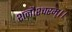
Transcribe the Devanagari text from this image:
शनौश्चरम्।।